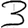
Digit: 3